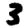
Digit: 3